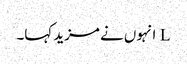
L انہوں نے مزید کہا۔